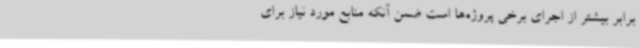
برابر بیشتر از اجرای برخی پروژه‌ها است ضمن آنکه منابع مورد نیاز برای